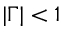
| \Gamma | < 1